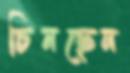
চিনছেন